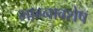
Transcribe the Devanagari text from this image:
भाग्नावशेष